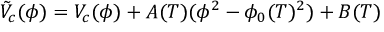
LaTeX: \tilde { V } _ { c } ( \phi ) = V _ { c } ( \phi ) + A ( T ) ( \phi ^ { 2 } - \phi _ { 0 } ( T ) ^ { 2 } ) + B ( T )